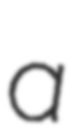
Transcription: a